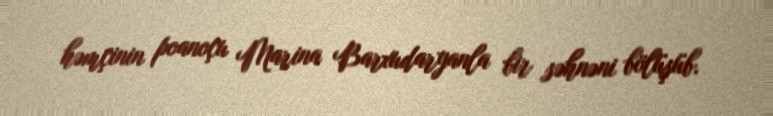
həmçinin poanoçu Marina Barxudaryanla bir səhnəni bölüşüb.